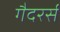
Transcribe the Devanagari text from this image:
गैदरर्स